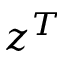
z ^ { T }